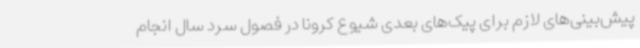
پیش‌بینی‌های لازم برای پیک‌های بعدی شیوع کرونا در فصول سرد سال انجام